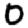
Digit: 0